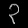
Digit: ၃